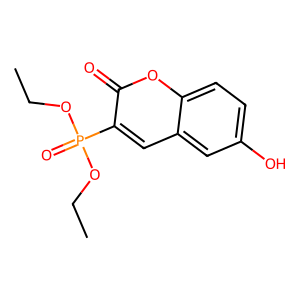
SMILES: CCOP(=O)(OCC)c1cc2cc(O)ccc2oc1=O
Inhibits HIV replication: No